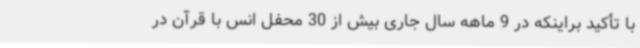
با تأکید براینکه در 9 ماهه سال جاری بیش از 30 محفل انس با قرآن در